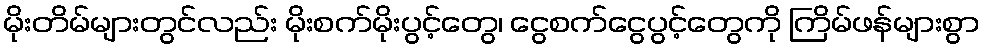
မိုးတိမ်များတွင်လည်း မိုးစက်မိုးပွင့်တွေ၊ ငွေစက်ငွေပွင့်တွေကို ကြိမ်ဖန်များစွာ